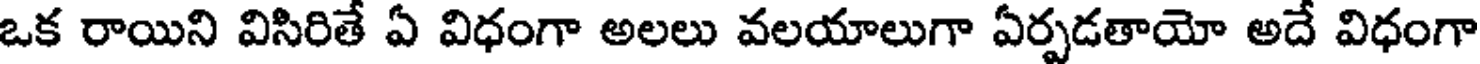
ఒక రాయిని విసిరితే ఏ విధంగా అలలు వలయాలుగా ఏర్పడతాయో అదే విధంగా